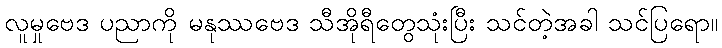
လူမှုဗေဒ ပညာကို မနုဿဗေဒ သီအိုရီတွေသုံးပြီး သင်တဲ့အခါ သင်ပြရော။